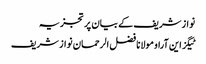
نواز شریف کے بیان پر تجزیہ
ٹیگز این آراو مولانا فضل الرحمان نواز شریف